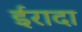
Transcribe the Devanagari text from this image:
ईरादा